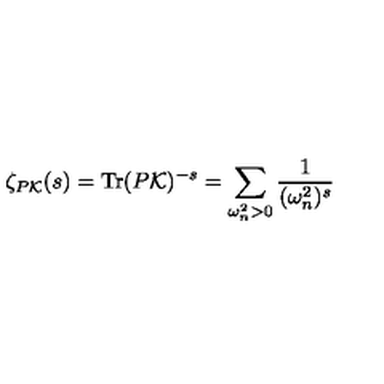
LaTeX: \zeta _ { P { \cal K } } ( s ) = \mathrm { T r } ( P { \cal K } ) ^ { - s } = \sum _ { \omega _ { n } ^ { 2 } > 0 } \frac { 1 } { ( \omega _ { n } ^ { 2 } ) ^ { s } }